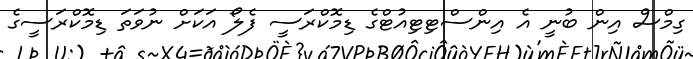
ގިމްސް އިން ބުނީ އެ އިންސްޓިޓިއުޓްގެ ޑިމޮކްރަސީ ފެލޯ އަކަށް ނުވަތަ ޑިމޮކްރަސީގެ